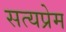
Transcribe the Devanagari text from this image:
सत्यप्रेम